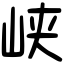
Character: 峡